Aleksander_Warma, lk 10
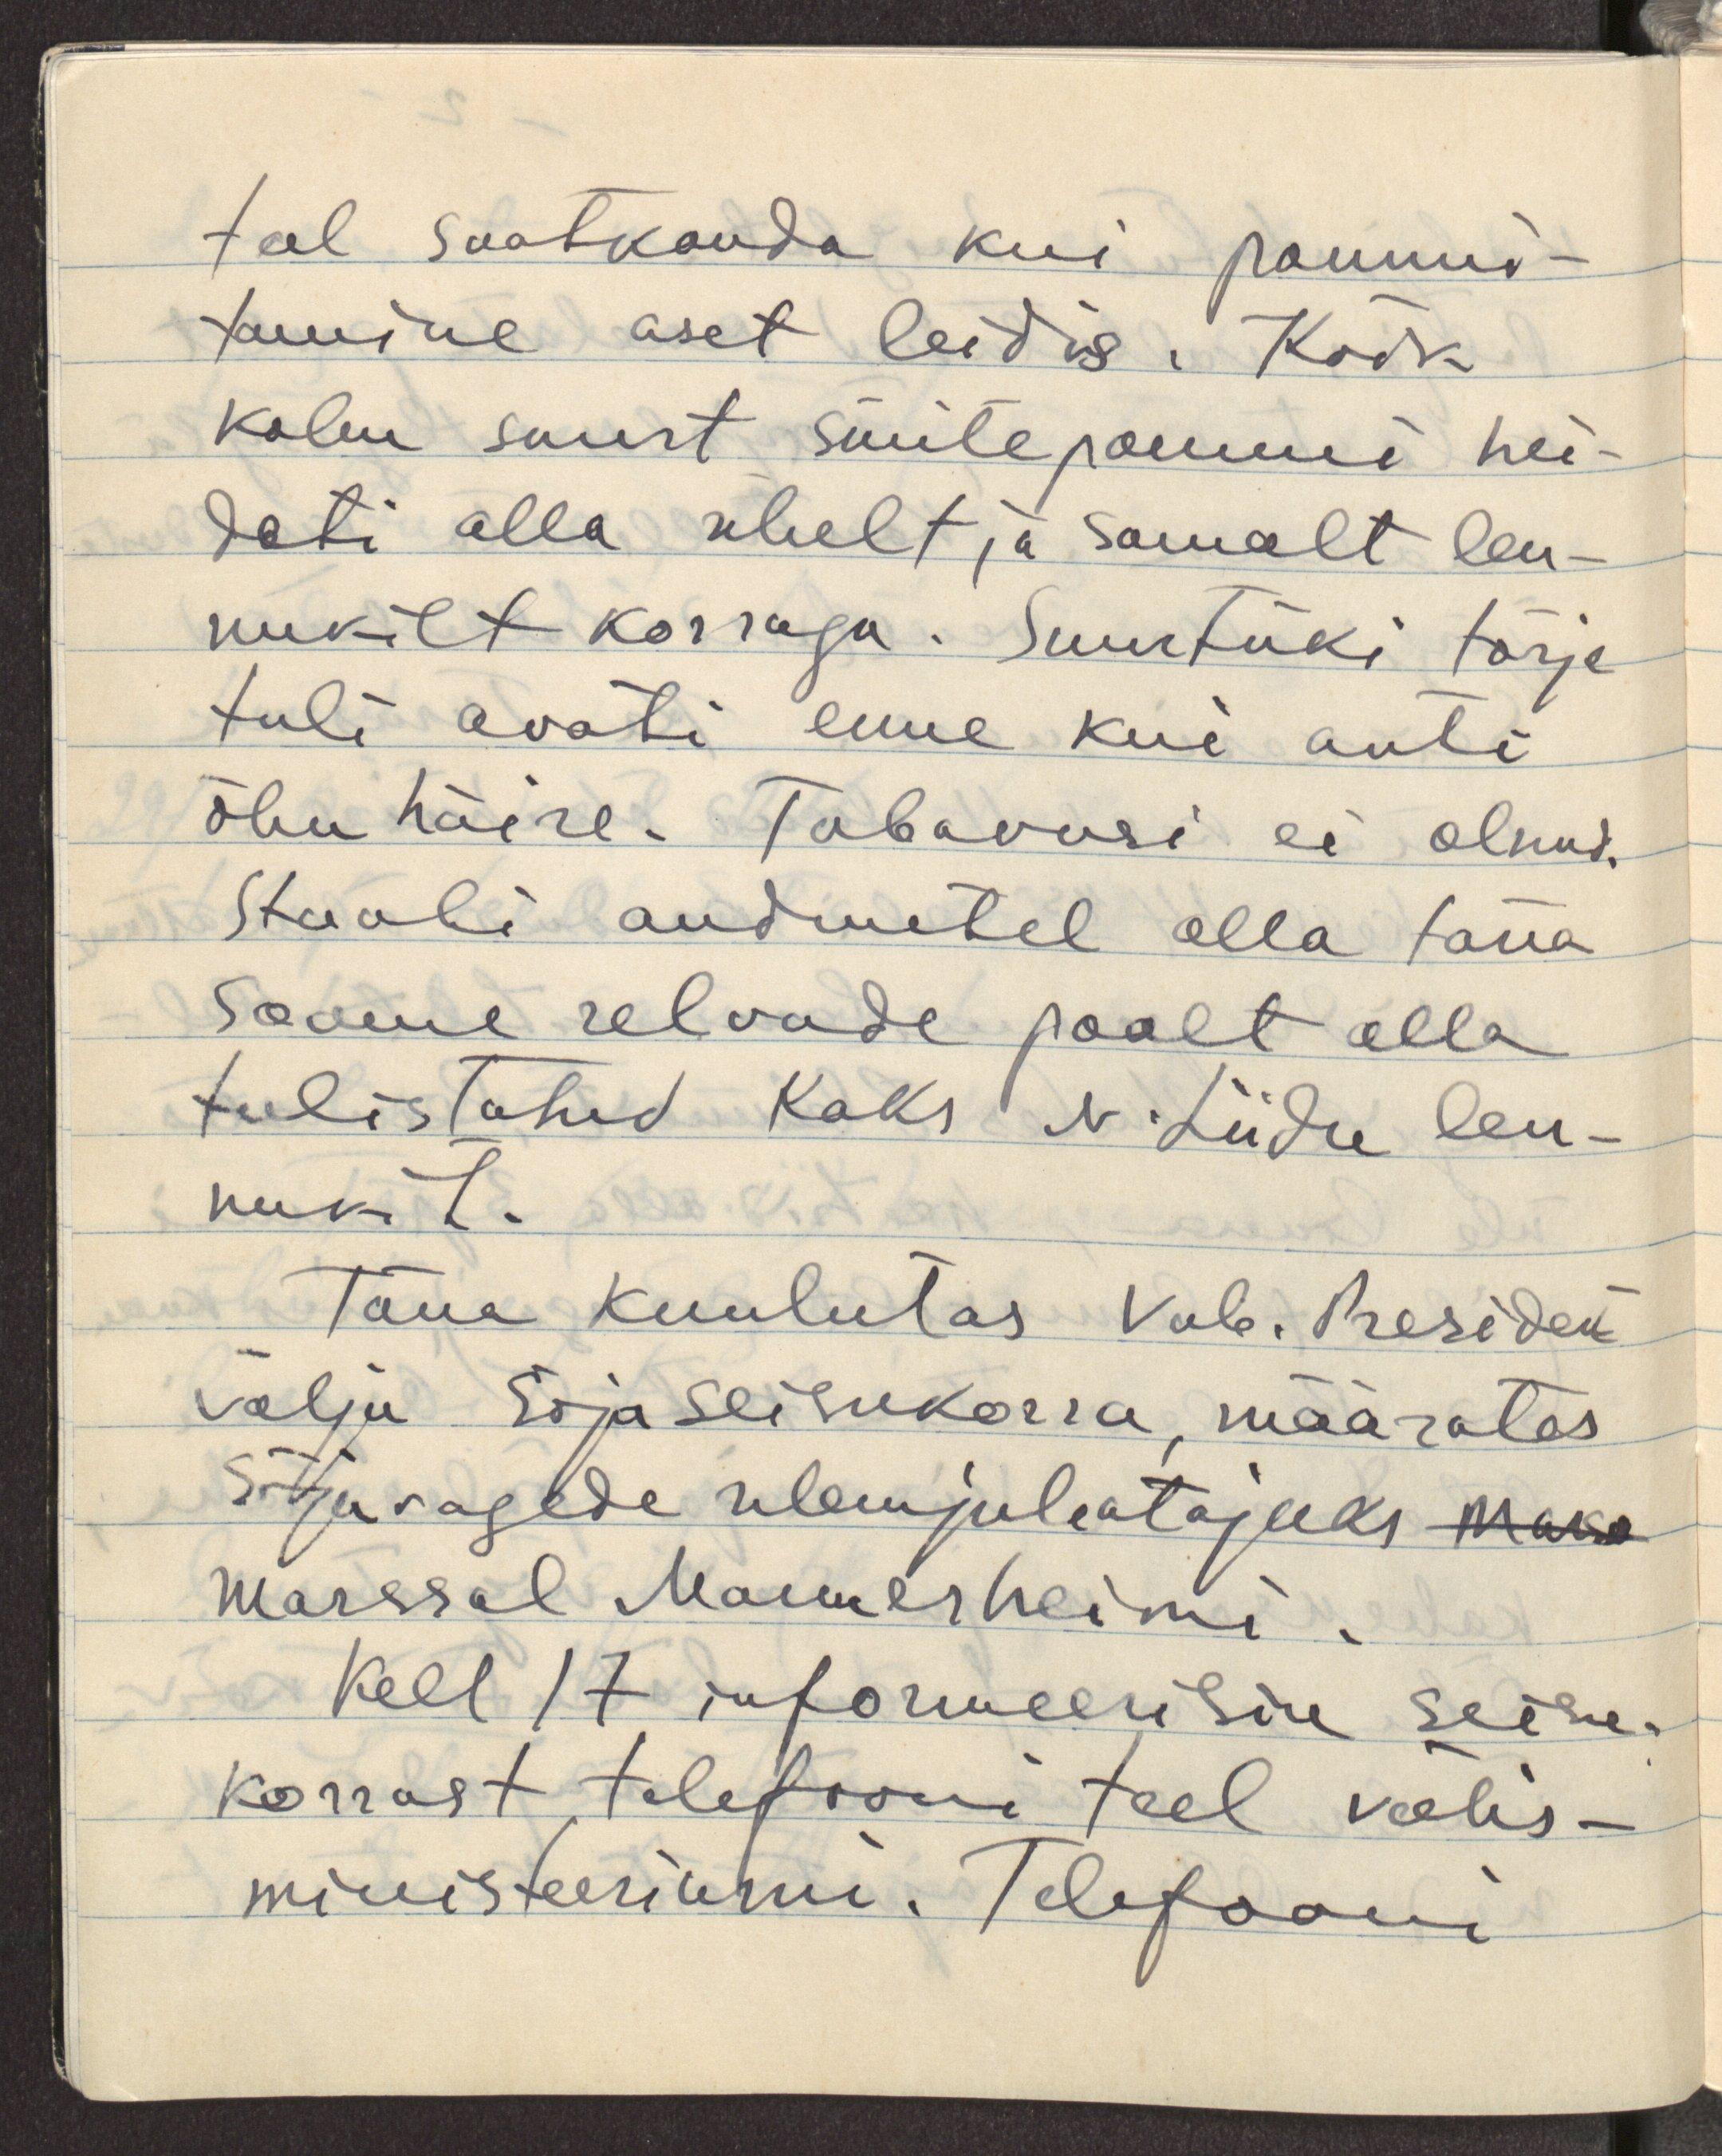
teel saatkonda kui pommi-
tamine aset leidis. Kõik
kolm suurt süütepommi hei-
deti alla ühelt ja samalt len-
nukilt korraga. Suurtüki tõrje
tuli avati enne kui anti
õhu häire. Tabavusi ei olnud.
Staabi andmetel olla täna
Soome relvade poolt alla
tulistatud kaks N.Liidu len-
nukit.
Täna kuulutas Vab. President
välja sõjaseisukorra, määrates
sõjavagede ulemjuhatajaks marsa
marssal Mannerheimi.
Kell 17 informeerisin seisu-
korrast telefooni teel välis-
ministeeriumi. Telefooni